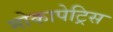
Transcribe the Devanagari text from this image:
मोकापेट्रिस